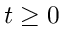
t \geq 0